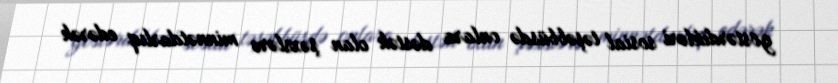
göstərdikləri sosial təşəbbüsdə onlara dəstək olan şəxslərə minnətdarlıq edərək